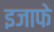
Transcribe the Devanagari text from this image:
इजाफे